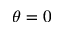
\theta = 0